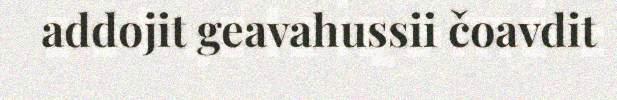
addojit geavahussii čoavdit